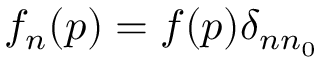
f _ { n } ( \boldsymbol { p } ) = f ( \boldsymbol { p } ) \delta _ { n n _ { 0 } }